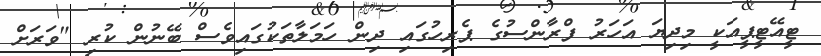
ޓީއޭޓީޕީއަކީ މިދިޔަ އަހަރު ފްރާންސުގެ ޕެރިހުގައި ދިން ހަމަލާތަކުގައިވެސް ބޭނުން ކުރި "ވަރަށް